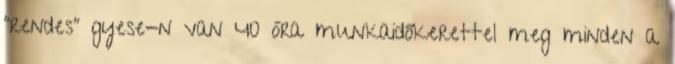
“rendes” gyese-n van 40 óra munkaidőkerettel meg minden a